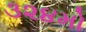
૩૨૪મો